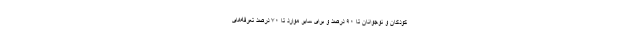
کودکان و نوجوانان تا ۹۰ درصد و برای سایر موارد تا ۷۰ درصد تعرفه‌های